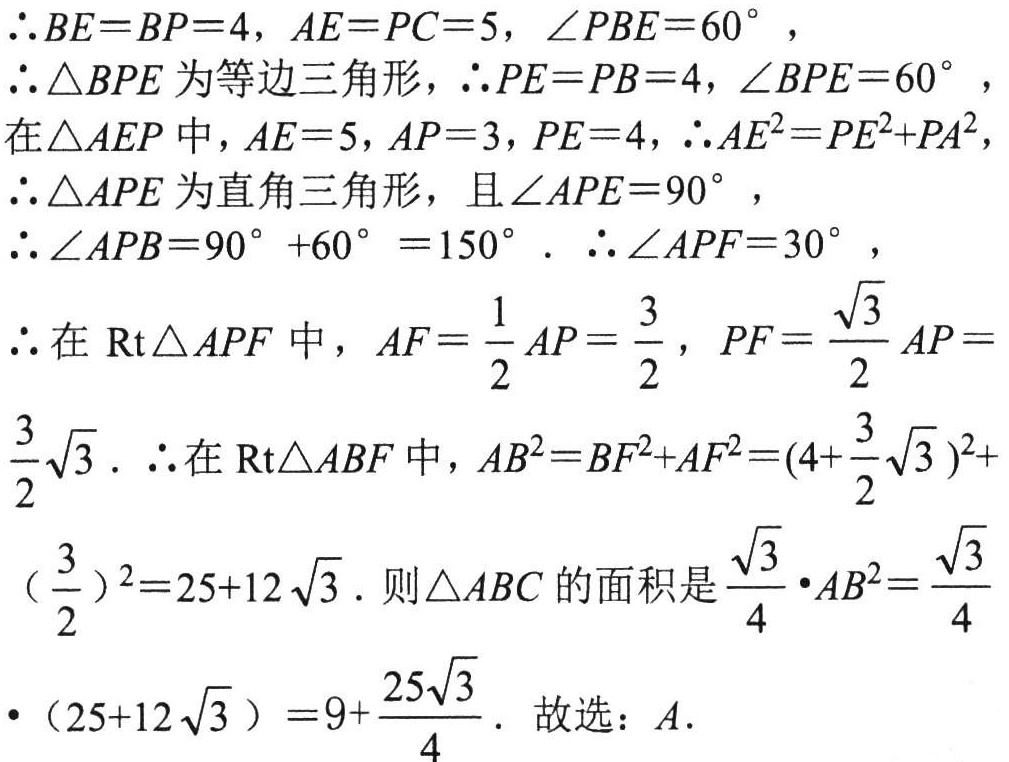
\(\therefore BE = BP = 4, AE = PC = 5, \angle PBE = 60^{\circ}\),
\(\therefore \triangle BPE\)为等边三角形，\(\therefore PE = PB = 4, \angle BPE = 60^{\circ}\),
在\(\triangle AEP\)中，\(AE = 5, AP = 3, PE = 4, \therefore AE^{2}=PE^{2}+PA^{2}\),
\(\therefore \triangle APE\)为直角三角形，且\(\angle APE = 90^{\circ}\),
\(\therefore \angle APB = 90^{\circ}+60^{\circ}=150^{\circ}\). \(\therefore \angle APF = 30^{\circ}\),
\(\therefore\)在\(\text{Rt}\triangle APF\)中，\(AF=\frac{1}{2}AP = \frac{3}{2}, PF=\frac{\sqrt{3}}{2}AP=\frac{3}{2}\sqrt{3}\). \(\therefore\)在\(\text{Rt}\triangle ABF\)中，\(AB^{2}=BF^{2}+AF^{2}=(4 + \frac{3}{2}\sqrt{3})^{2}+(\frac{3}{2})^{2}=25 + 12\sqrt{3}\). 则\(\triangle ABC\)的面积是\(\frac{\sqrt{3}}{4}\cdot AB^{2}=\frac{\sqrt{3}}{4}\cdot(25 + 12\sqrt{3})=9+\frac{25\sqrt{3}}{4}\). 故选：\(A\).